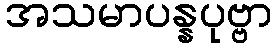
အသမာပန္နပုဗ္ဗာ